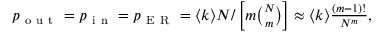
\begin{array} { r } { p _ { \mathrm { ~ o ~ u ~ t ~ } } = p _ { \mathrm { ~ i ~ n ~ } } = p _ { \mathrm { ~ E ~ R ~ } } = \langle k \rangle N / \left[ m \binom { N } { m } \right] \approx \langle k \rangle \frac { ( m - 1 ) ! } { N ^ { m } } , } \end{array}